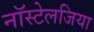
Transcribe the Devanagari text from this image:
नॉस्टेलजिया